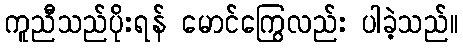
ကူညီသည်ပိုးရန် မောင်ကြွေလည်း ပါခဲ့သည်။